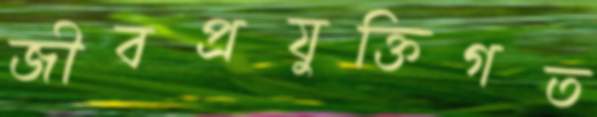
জীবপ্রযুক্তিগত